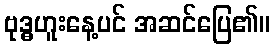
ဗုဒ္ဓဟူးနေ့ပင် အဆင်ပြေ၏။